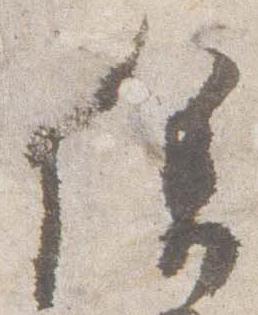
徐